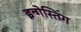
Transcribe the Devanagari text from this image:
इन्गेस्तिंग